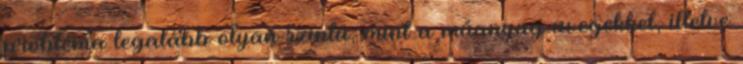
probléma legalább olyan szintű, mint a műanyag üvegekkel, illetve